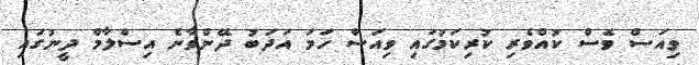
ވިއަސް ވެސް ކުއްވެރި ކުރިކަމުގައި ވިއަސް ހަމަ އަދަބު ދޭންވާނެ އިސްލާމް ދީނުގައި